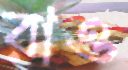
রাও